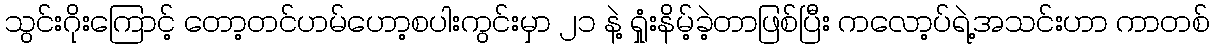
သွင်းဂိုးကြောင့် တော့တင်ဟမ်ဟော့စပါးကွင်းမှာ ၂၁ နဲ့ ရှုံးနိမ့်ခဲ့တာဖြစ်ပြီး ကလော့ပ်ရဲ့အသင်းဟာ ကာတစ်